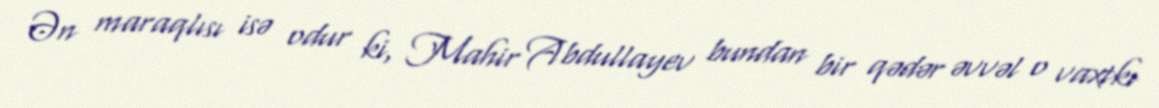
Ən maraqlısı isə odur ki, Mahir Abdullayev bundan bir qədər əvvəl o vaxtkı